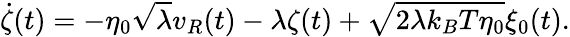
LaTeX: \dot{\zeta}(t)=-\eta_{0}\sqrt{\lambda}v_{R}(t)-\lambda\zeta(t)+\sqrt{2\lambda k_{B}T\eta_{0}}\xi_{0}(t).